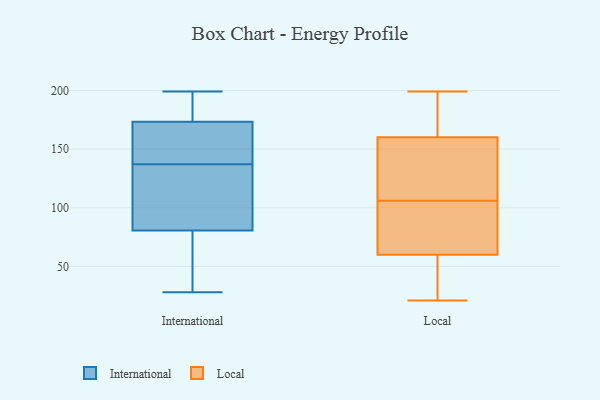
{"axis": {"x": "Temperature (°C)", "y": "Value"}, "legend": ["International", "Local"], "data": [{"x": "", "y": 192, "type": "International"}, {"x": "", "y": 119, "type": "International"}, {"x": "", "y": 137, "type": "International"}, {"x": "", "y": 170, "type": "International"}, {"x": "", "y": 33, "type": "International"}, {"x": "", "y": 172, "type": "International"}, {"x": "", "y": 139, "type": "International"}, {"x": "", "y": 177, "type": "International"}, {"x": "", "y": 199, "type": "International"}, {"x": "", "y": 106, "type": "International"}, {"x": "", "y": 43, "type": "International"}, {"x": "", "y": 28, "type": "International"}, {"x": "", "y": 93, "type": "International"}, {"x": "", "y": 94, "type": "Local"}, {"x": "", "y": 197, "type": "Local"}, {"x": "", "y": 199, "type": "Local"}, {"x": "", "y": 60, "type": "Local"}, {"x": "", "y": 60, "type": "Local"}, {"x": "", "y": 169, "type": "Local"}, {"x": "", "y": 117, "type": "Local"}, {"x": "", "y": 49, "type": "Local"}, {"x": "", "y": 106, "type": "Local"}, {"x": "", "y": 127, "type": "Local"}, {"x": "", "y": 64, "type": "Local"}, {"x": "", "y": 21, "type": "Local"}, {"x": "", "y": 157, "type": "Local"}]}